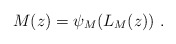
\begin{align*}M(z) = \psi_M(L_M(z))~.\end{align*}